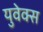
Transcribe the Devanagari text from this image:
युवेक्स